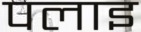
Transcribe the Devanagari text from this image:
पलाइ